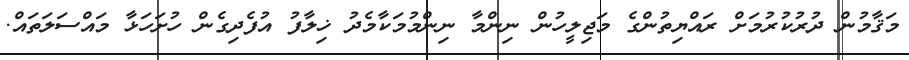
މަޤާމުން ދުރުކުރުމަށް ރައްޔިތުންގެ މަޖިލީހުން ނިންމާ ނިންމުމަކާމެދު ޚިލާފު އުފެދިގެން ހުށަހަޅާ މައްސަލަތައް.